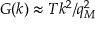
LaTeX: G ( k ) \approx T k ^ { 2 } / q _ { M } ^ { 2 }